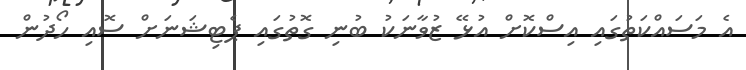
އެ މަސައްކަތުގައި އިސްކޮށް އުޅޭ ޒުވާނަކު ބުނި ގޮތުގައި ޕެޓިޝަނަށް ސޮއި ހޯދުން